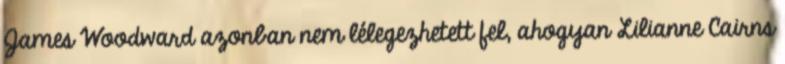
James Woodward azonban nem lélegezhetett fel, ahogyan Lilianne Cairns